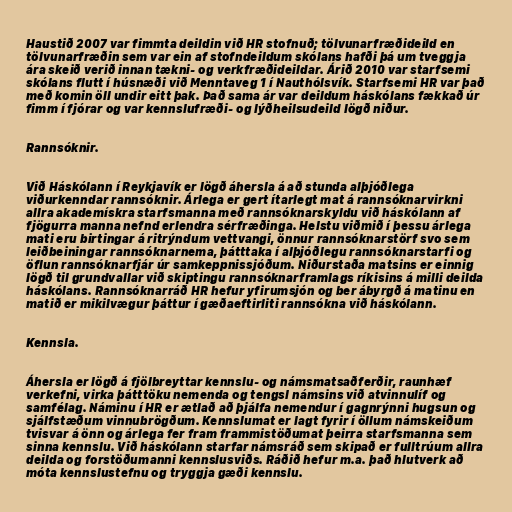
Haustið 2007 var fimmta deildin við HR stofnuð; tölvunarfræðideild en
tölvunarfræðin sem var ein af stofndeildum skólans hafði þá um tveggja
ára skeið verið innan tækni- og verkfræðideildar. Árið 2010 var starfsemi
skólans flutt í húsnæði við Menntaveg 1 í Nauthólsvík. Starfsemi HR var það
með komin öll undir eitt þak. Það sama ár var deildum háskólans fækkað úr
fimm í fjórar og var kennslufræði- og lýðheilsudeild lögð niður.

Rannsóknir.

Við Háskólann í Reykjavík er lögð áhersla á að stunda alþjóðlega
viðurkenndar rannsóknir. Árlega er gert ítarlegt mat á rannsóknarvirkni
allra akademískra starfsmanna með rannsóknarskyldu við háskólann af
fjögurra manna nefnd erlendra sérfræðinga. Helstu viðmið í þessu árlega
mati eru birtingar á ritrýndum vettvangi, önnur rannsóknarstörf svo sem
leiðbeiningar rannsóknarnema, þátttaka í alþjóðlegu rannsóknarstarfi og
öflun rannsóknarfjár úr samkeppnissjóðum. Niðurstaða matsins er einnig
lögð til grundvallar við skiptingu rannsóknarframlags ríkisins á milli deilda
háskólans. Rannsóknarráð HR hefur yfirumsjón og ber ábyrgð á matinu en
matið er mikilvægur þáttur í gæðaeftirliti rannsókna við háskólann.

Kennsla.

Áhersla er lögð á fjölbreyttar kennslu- og námsmatsaðferðir, raunhæf
verkefni, virka þátttöku nemenda og tengsl námsins við atvinnulíf og
samfélag. Náminu í HR er ætlað að þjálfa nemendur í gagnrýnni hugsun og
sjálfstæðum vinnubrögðum. Kennslumat er lagt fyrir í öllum námskeiðum
tvisvar á önn og árlega fer fram frammistöðumat þeirra starfsmanna sem
sinna kennslu. Við háskólann starfar námsráð sem skipað er fulltrúum allra
deilda og forstöðumanni kennslusviðs. Ráðið hefur m.a. það hlutverk að
móta kennslustefnu og tryggja gæði kennslu.